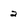
Character: 2